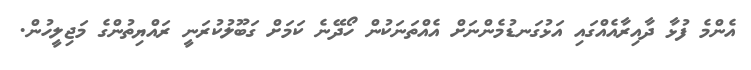
އެންމެ ފުޅާ ދާއިރާއެއްގައި އަޅުގަނޑުމެންނަށް އެއްތަނަކުން ހޯދޭނެ ކަމަށް ގަބޫލުކުރަނީ ރައްޔިތުންގެ މަޖިލީހުން.